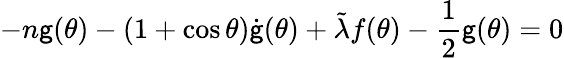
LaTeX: -n\mathsf{g}(\theta)-(1+\cos\theta)\dot{{\mathsf{g}}}(\theta)+\tilde{{\lambda}}f(\theta)-\frac{{1}}{{2}}\mathsf{g}(\theta)=0